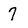
Character: 7